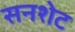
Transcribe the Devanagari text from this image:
सनशेट